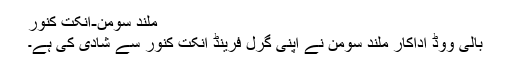
ملند سومن-انکت کنور
بالی ووڈ اداکار ملند سومن نے اپنی گرل فرینڈ انکت کنور سے شادی کی ہے۔